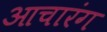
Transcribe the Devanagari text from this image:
आचारंग